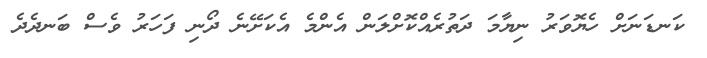
ކަނޑަނަށް ހެޔޮވަރު ނިޔާމަ ދަތުރެއްކޮށްލަން އެންމެ އެކަށޭނެ ދޯނި ފަހަރު ވެސް ބަނދެދެ